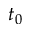
t _ { 0 }